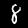
Label: 8